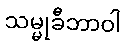
သမ္မုခီဘာဝါ